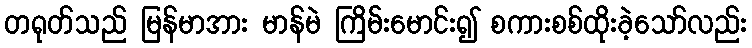
တရုတ်သည် မြန်မာအား မာန်မဲ ကြိမ်းမောင်း၍ စကားစစ်ထိုးခဲ့သော်လည်း